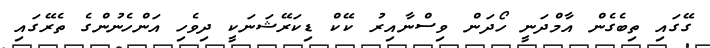
ގޭގައި ތިބެގެން އާމްދަނީ ހޯދަން ވިސްނާއިރު ކޭކް ޑިކަރޭޝަނަކީ ދިވެހި އަންހެނުންގެ ތެރޭގައި